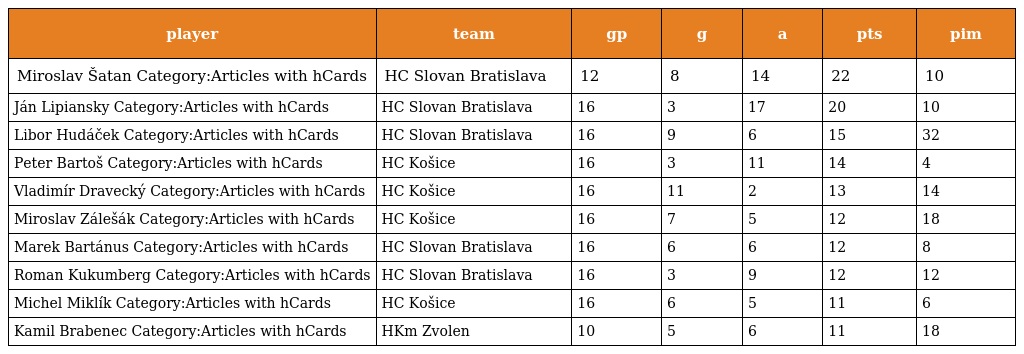
| player | team | gp | g | a | pts | pim |
 | --- | --- | --- | --- | --- | --- | --- |
 | Miroslav Šatan Category:Articles with hCards | HC Slovan Bratislava | 12 | 8 | 14 | 22 | 10 |
 | Ján Lipiansky Category:Articles with hCards | HC Slovan Bratislava | 16 | 3 | 17 | 20 | 10 |
 | Libor Hudáček Category:Articles with hCards | HC Slovan Bratislava | 16 | 9 | 6 | 15 | 32 |
 | Peter Bartoš Category:Articles with hCards | HC Košice | 16 | 3 | 11 | 14 | 4 |
 | Vladimír Dravecký Category:Articles with hCards | HC Košice | 16 | 11 | 2 | 13 | 14 |
 | Miroslav Zálešák Category:Articles with hCards | HC Košice | 16 | 7 | 5 | 12 | 18 |
 | Marek Bartánus Category:Articles with hCards | HC Slovan Bratislava | 16 | 6 | 6 | 12 | 8 |
 | Roman Kukumberg Category:Articles with hCards | HC Slovan Bratislava | 16 | 3 | 9 | 12 | 12 |
 | Michel Miklík Category:Articles with hCards | HC Košice | 16 | 6 | 5 | 11 | 6 |
 | Kamil Brabenec Category:Articles with hCards | HKm Zvolen | 10 | 5 | 6 | 11 | 18 |